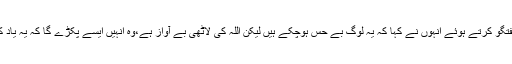
تفصیلات کے مطابق نجی ٹی وی اے آر وائی کے پروگرام میں گفتگو کرتے ہوئے انہوں نے کہا کہ یہ لوگ بے حس ہوچکے ہیں لیکن اللہ کی لاٹھی بے آواز ہے،وہ انہیں ایسے پکڑے گا کہ یہ یاد کریں گے،آنے والے وقت میں ان کو اس کا خمیازہ بھگتنا پڑے گا۔